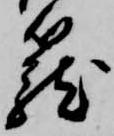
籠